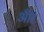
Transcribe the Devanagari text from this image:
आँर